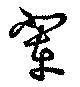
輩